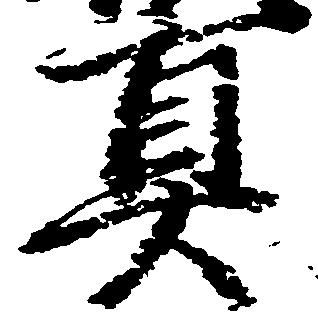
真